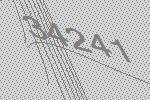
34241